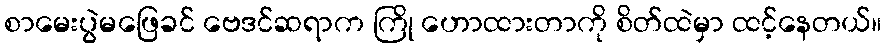
စာမေးပွဲမဖြေခင် ဗေဒင်ဆရာက ကြို ဟောထားတာကို စိတ်ထဲမှာ ထင့်နေတယ်။